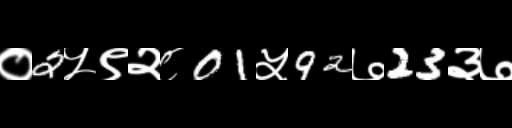
Text: ०2५९२८01५92७23३७